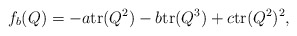
\begin{align*}f_b(Q)=-a\mathrm{tr}(Q^2)-b\mathrm{tr}(Q^3)+c\mathrm{tr}(Q^2)^2,\end{align*}